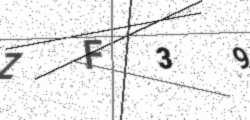
Text: ZF39